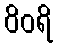
ဝိဝရိ